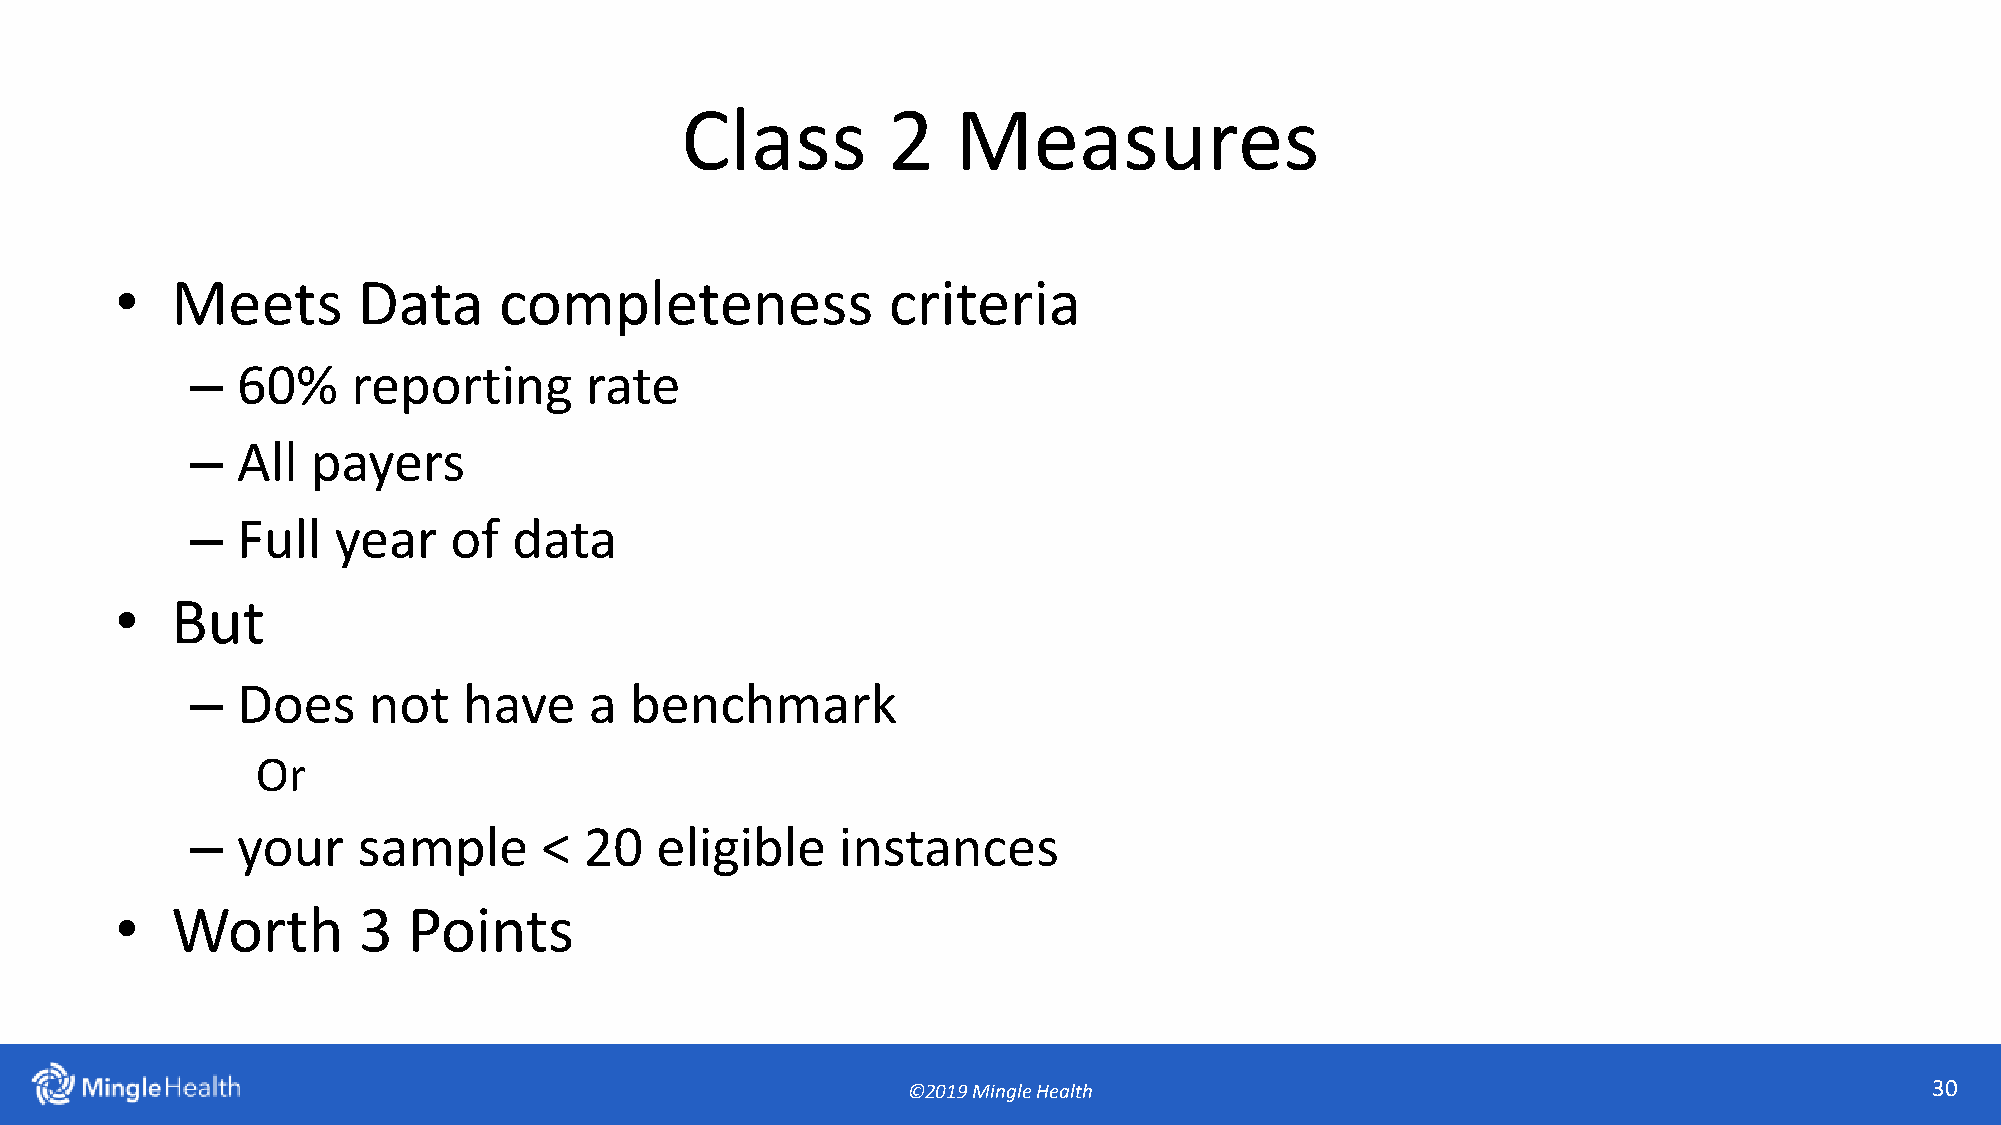
Class         2   Measures
 •  Meets        Data     completeness              criteria
 –  60%    reporting       rate
 –  All  payers
 –  Full  year    of  data
 •  But
 –  Does    not    have    a  benchmark
 Or
 –  your    sample      <  20  eligible     instances
 •  Worth        3  Points
 ©2019 Mingle Health                                                 30